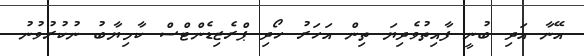
އޭނާ އަދި ބުނީ ފާއިތުވެދިޔަ ތިން އަހަރު ހޯދި ޕްރެޒިޑެންޓްސް ކާމިޔާބު ނުކުރުވުނު